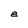
Character: e